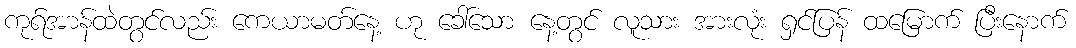
ကုရ်အာန်ထဲတွင်လည်း ကေယာမတ်နေ့ ဟု ခေါ်သော နေ့တွင် လူသား အားလုံး ရှင်ပြန် ထမြောက် ပြီးနောက်